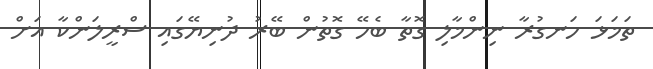
ތަމަޅަ ހަނގުރާ ނިންމާލި ގޮތާ ބެހޭ ގޮތުން ބޭރު ދުނިޔޭގައި ސްރީލަންކާ އަށް